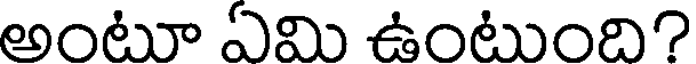
అంటూ ఏమి ఉంటుంది?